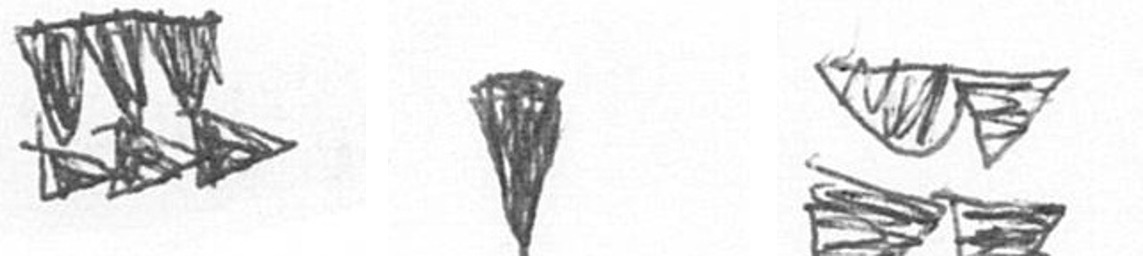
D J B